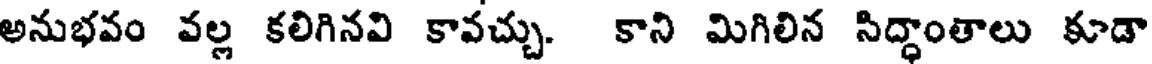
అనుభవం వల్ల కలిగినవి కావచ్చు. కాని మిగిలిన సిద్ధాంతాలు కూడా